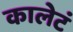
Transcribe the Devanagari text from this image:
कालेटं